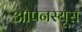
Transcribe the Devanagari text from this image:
ओपनस्यूस